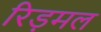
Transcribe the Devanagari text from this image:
रिड़मल